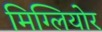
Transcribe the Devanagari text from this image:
मिग्लियोर